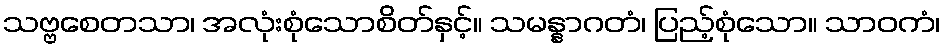
သဗ္ဗစေတသာ၊ အလုံးစုံသောစိတ်နှင့်။ သမန္နာဂတံ၊ ပြည့်စုံသော။ သာဝကံ၊